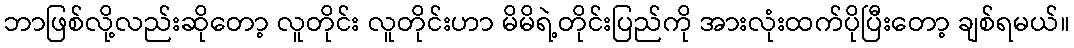
ဘာဖြစ်လို့လည်းဆိုတော့ လူတိုင်း လူတိုင်းဟာ မိမိရဲ့တိုင်းပြည်ကို အားလုံးထက်ပိုပြီးတော့ ချစ်ရမယ်။